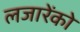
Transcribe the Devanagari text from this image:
लजारेंको